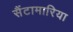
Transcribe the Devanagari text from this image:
सैंटामारिया